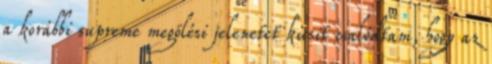
a korábbi supreme megölési jelenetet kicsit csalódtam, hogy az